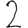
Digit: 2